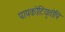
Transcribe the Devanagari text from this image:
पापकोटियृतोपि